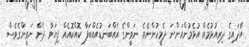
އާދައިގެ ދިރިއުޅުމެއް އުޅެމުންއަންނަ ދެމީހުންނެވެ. ނަވީންގެ އެއްބަނޑުއެއްބަފާ ކޮއްކޮއެއް ފިޔަވާ ދެން ނަވީންގެވެސް